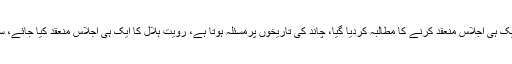
09 نومبر 2018ء) سندھ میں رویت ہلال کا ایک ہی اجلاس منعقد کرنے کا مطالبہ کردیا گیا، چاند کی تاريخوں پرمسئلہ ہوتا ہے، رويت ہلال کا ايک ہی اجلاس منعقد کيا جائے، سندھ اسمبلی میں قرارداد جمع کروا دی گئی ہے۔